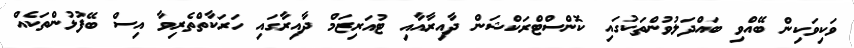
ވަކިވަކިން ބޭއްވި ބައްދަލުވުންތަކުގައި ކޮންސްޓްރަކްޝަން ދާއިރާއާއި ޓުއަރިޒަމް ދާއިރާގައި ހަރަކާތްތެރިވާ އިސް ބޭފުޅުންތަކެއް